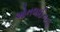
ઓનલાઈનના